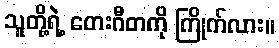
သူတို့ရဲ့ တေးဂီတကို ကြိုက်လား။